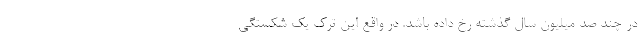
در چند صد میلیون سال گذشته رخ داده باشد. در واقع این ترک یک شکستگی